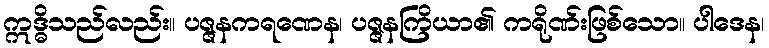
ဣဒ္ဓိသည်လည်း။ ပဇ္ဇနကရဏေန၊ ပဇ္ဇနကြိယာ၏ ကရိုဏ်းဖြစ်သော။ ပါဒေန၊